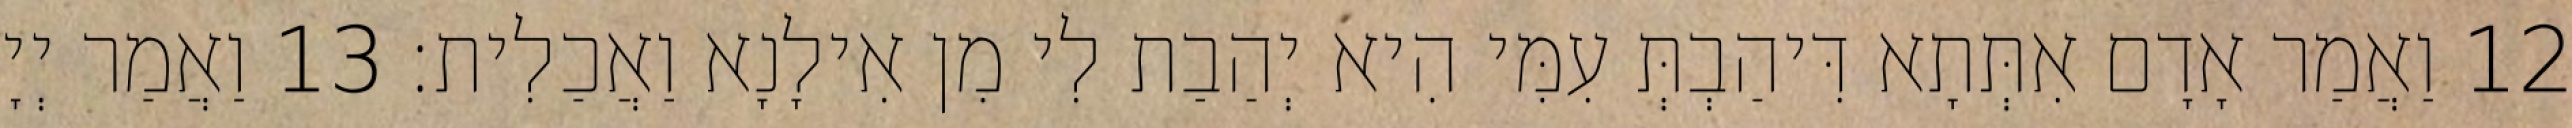
12 וַאֲמַר אָדָם אִתְּתָא דִּיהַבְתְּ עִמִּי הִיא יְהַבַת לִי מִן אִילָנָא וַאֲכַלִית׃ 13 וַאֲמַר יְיָ